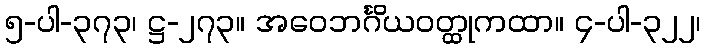
၅-ပါ-၃၇၃၊ ဋ္ဌ-၂၇၃။ အဝေဘင်္ဂိယဝတ္ထုကထာ။ ၄-ပါ-၃၂၂၊